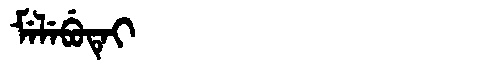
Manchu: ᠮᡝᠯᡝᠪᡠᡨᡝᡳ
Romanization: MELEBUTEI